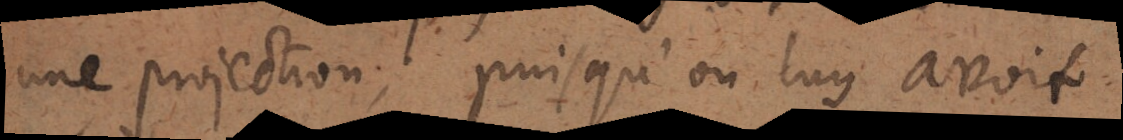
une projection, puisqu’on luy avoit